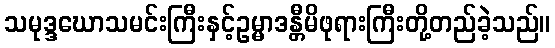
သမုဒ္ဒဃောသမင်းကြီးနှင့်ဥမ္မာဒန္တီမိဖုရားကြီးတို့တည်ခဲ့သည်။